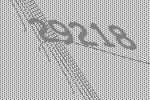
29218